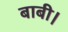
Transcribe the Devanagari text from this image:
बाबी।